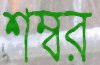
শম্বর